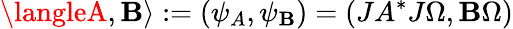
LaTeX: \langleA,\mathbf{B}\rangle:=(\psi_{A},\psi_{\mathbf{B}})=(JA^{*}J\Omega,\mathbf{B}\Omega)